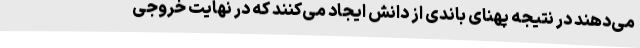
می‌دهند در نتیجه پهنای باندی از دانش ایجاد می‌کنند که در نهایت خروجی